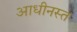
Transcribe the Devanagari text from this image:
आधीनस्त